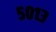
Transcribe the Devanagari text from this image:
५०१३